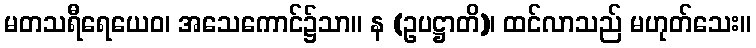
မတသရီရေယေဝ၊ အသေကောင်၌သာ။ န (ဥပဋ္ဌာတိ)၊ ထင်လာသည် မဟုတ်သေး။